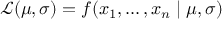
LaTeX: { \mathcal { L } } ( \mu , \sigma ) = f ( x _ { 1 } , \ldots , x _ { n } \mid \mu , \sigma )